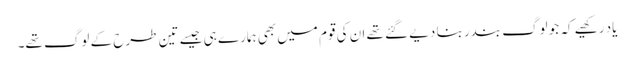
یاد رکھیے کہ جو لوگ بندر بنا دیے گئے تھے ان کی قوم میں بھی ہمارے ہی جیسے تین طرح کے لوگ تھے۔